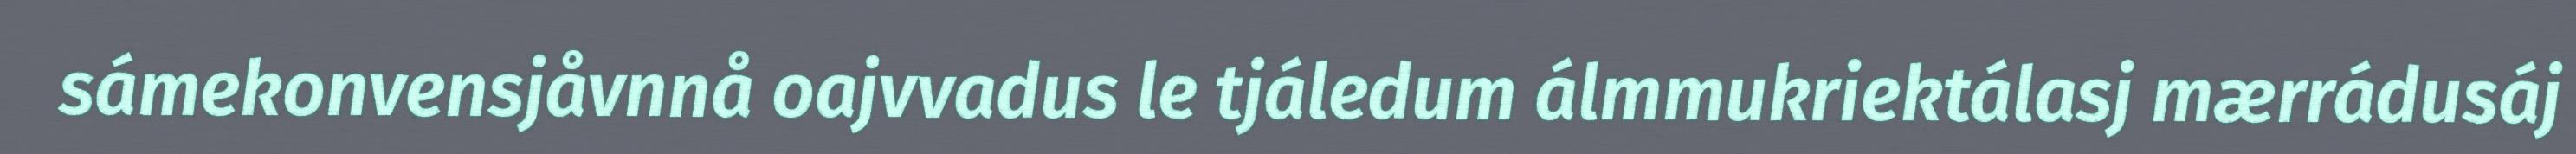
sámekonvensjåvnnå oajvvadus le tjáledum álmmukriektálasj mærrádusáj